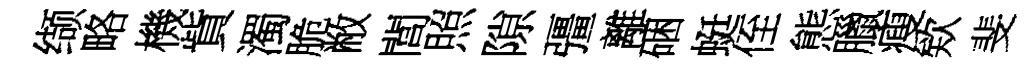
缬略機貲濁脆敝閭照隙彊離硱蜓侄態臘瘦欸斐